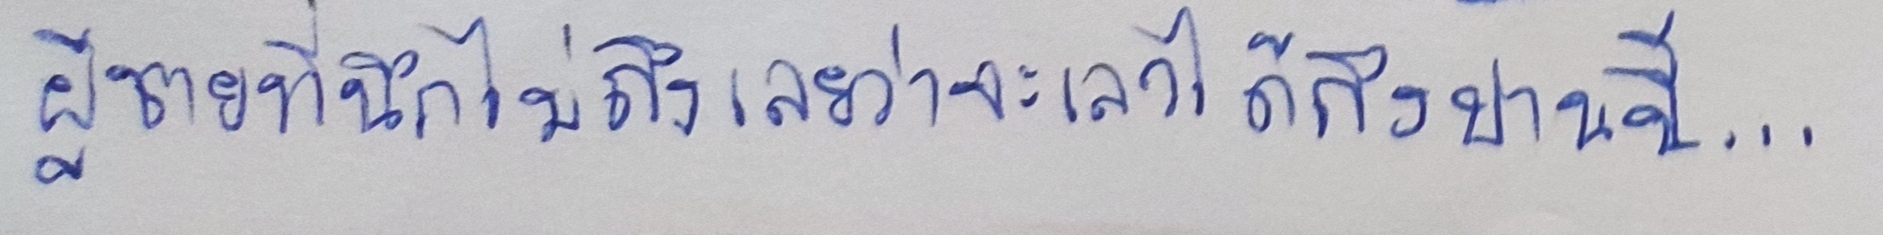
ผู้ชายที่นึกไม่ถึงเลยว่าจะเลวได้ถึงปานนี้...